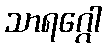
သာရဂ္ဂေါ